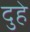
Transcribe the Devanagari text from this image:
दुहे